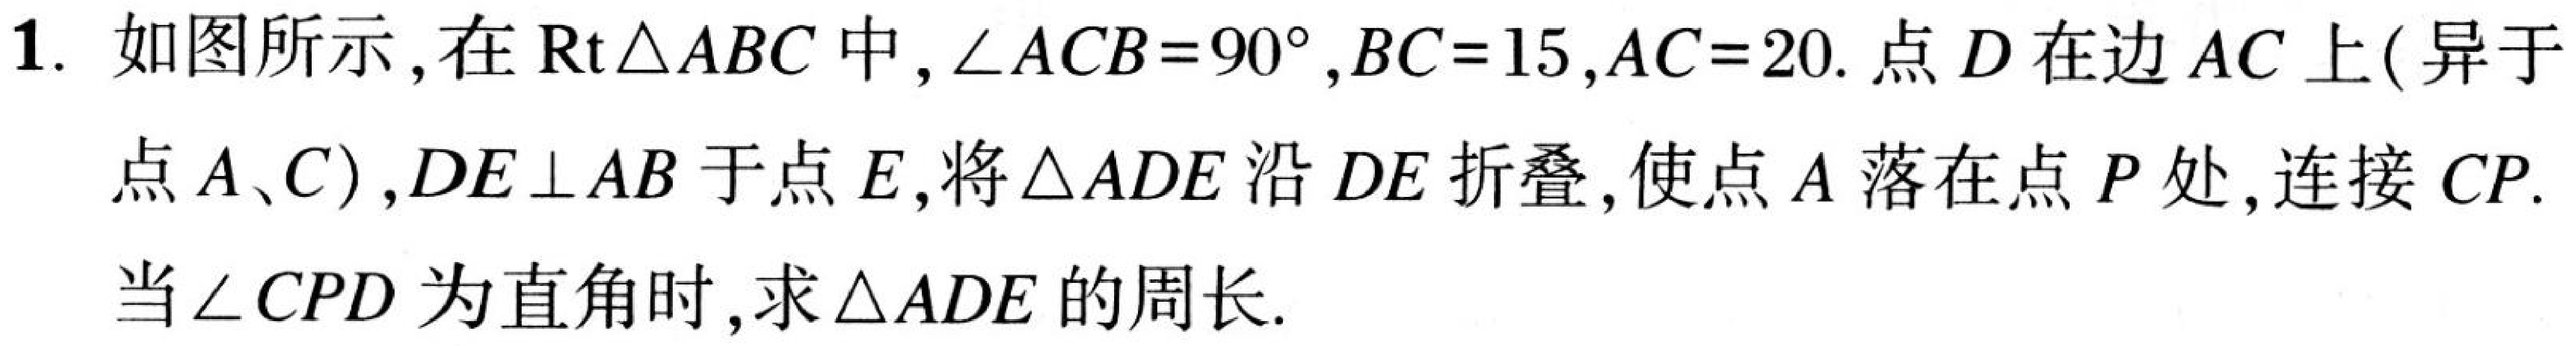
1. 如图所示, 在\(\text{Rt}\triangle ABC\)中, \(\angle ACB = 90^{\circ}\), \(BC = 15\), \(AC = 20\). 点\(D\)在边\(AC\)上(异于点\(A、C\)), \(DE\perp AB\)于点\(E\), 将\(\triangle ADE\)沿\(DE\)折叠, 使点\(A\)落在点\(P\)处, 连接\(CP\). 当\(\angle CPD\)为直角时, 求\(\triangle ADE\)的周长.